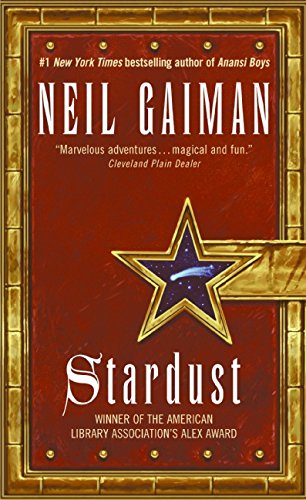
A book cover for Stardust; Neil Gaiman; Literature & Fiction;